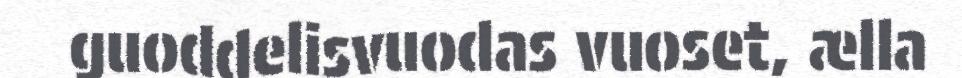
guoddelisvuodas vuoset, ælla